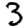
Digit: 3